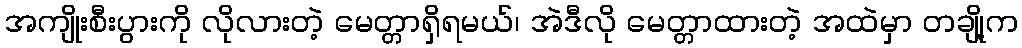
အကျိုးစီးပွားကို လိုလားတဲ့ မေတ္တာရှိရမယ်၊ အဲဒီလို မေတ္တာထားတဲ့ အထဲမှာ တချို့က